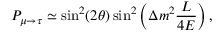
P _ { \mu \rightarrow \tau } \simeq \sin ^ { 2 } ( 2 \theta ) \sin ^ { 2 } \left( \Delta m ^ { 2 } \frac { L } { 4 E } \right) ,